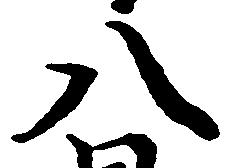
八